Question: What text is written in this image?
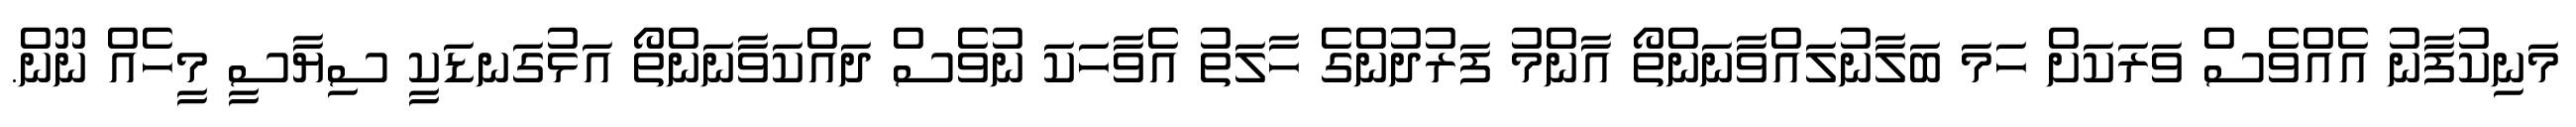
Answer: މަނިކުފާނު އެއްވެސް ވަރަކަށް ހަމަ ބަލާނުލައްވާނަންތޯ އާންމު ފަރުދުންގެ ހާލަތު އެވާހަކަ ނުވެސް ދައްކަވާނަންތޯ އަޅުގަނޑަކީ ސިޔާސީ މީހެއް ނޫން.